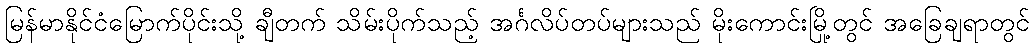
မြန်မာနိုင်ငံမြောက်ပိုင်းသို့ ချီတက် သိမ်းပိုက်သည့် အင်္ဂလိပ်တပ်များသည် မိုးကောင်းမြို့တွင် အခြေချရာတွင်